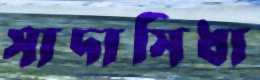
সাদাসিধা